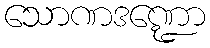
သောဏဒဏ္ဍော